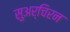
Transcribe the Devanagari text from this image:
सुअर्चिरन